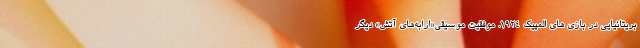
بریتانیایی در بازی های المپیک ۱۹۲۴. موفقیت موسیقی«ارابه‌های آتش» دیگر